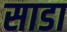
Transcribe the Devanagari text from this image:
साडा